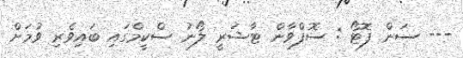
--- ސަން ފޮޓޯ : ސޮފްވާން ޓާޝަރީ ލޯނު ސްކީމްގައި ބައިވެރި ވުމަށް